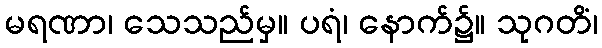
မရဏာ၊ သေသည်မှ။ ပရံ၊ နောက်၌။ သုဂတိံ၊